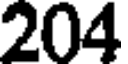
204